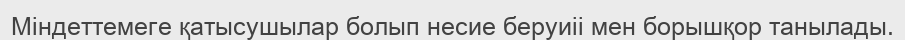
Міндеттемеге қатысушылар болып несие беруиіі мен борышқор танылады.